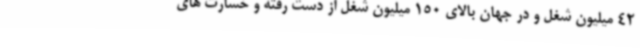
42 میلیون شغل و در جهان بالای 150 میلیون شغل از دست رفته و خسارت های